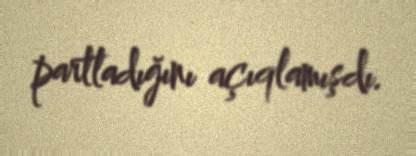
partladığını açıqlamışdı.